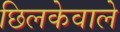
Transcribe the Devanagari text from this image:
छिलकेवाले